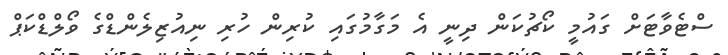
ސްޓެވާޓަށް ގައުމީ ކޯޗުކަން ދިނީ އެ މަގާމުގައި ކުރިން ހުރި ނިއުޒިލެންޑްގެ ވޯލްޑްކަޕް